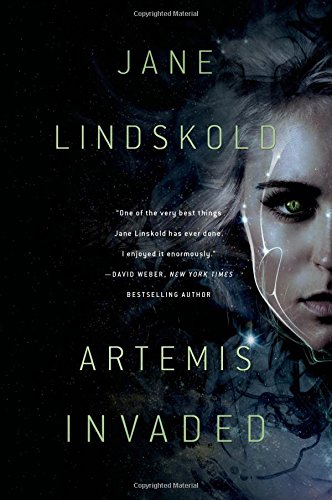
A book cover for Artemis Invaded (Artemis Awakening Series); Jane Lindskold; Science Fiction & Fantasy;